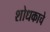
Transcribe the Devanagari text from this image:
शोधकाचे